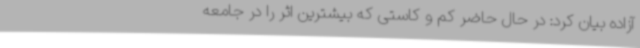
آزاده بیان کرد: در حال حاضر کم و کاستی که بیشترین اثر را در جامعه